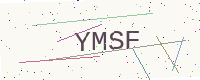
Text: YMSF